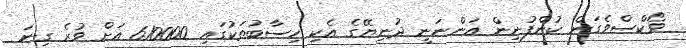
ވޯކްސްވެގަން ކުންފުނިން އަންނަނީ ދުނިޔޭގެ އެކި ހިސާބުތަކުގައި 610000 އަށް ވުރެ ގިނަ